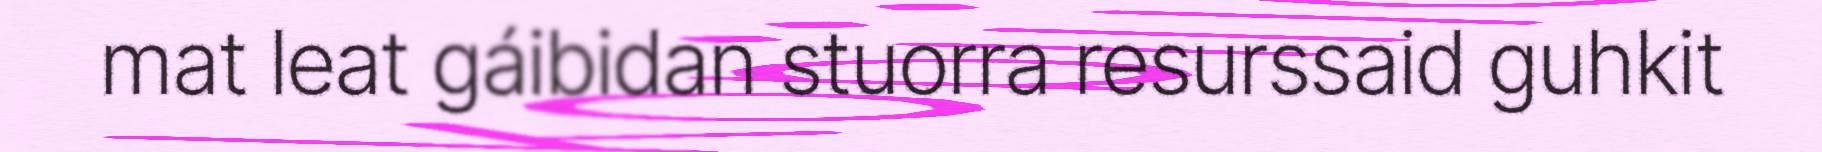
mat leat gáibidan stuorra resurssaid guhkit